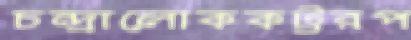
চন্দ্রালোককট্টরপ